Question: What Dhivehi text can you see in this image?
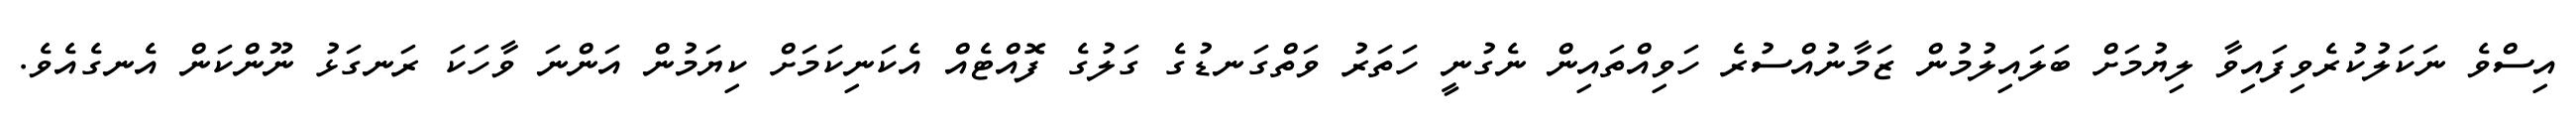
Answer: އިސްވެ ނަކަލުކުރެވިފައިވާ ލިޔުމަށް ބަލައިލުމުން ޒަމާނުއްސުރެ ހަވިއްތައިން ނެގުނީ ހަތަރު ވަތްގަނޑުގެ ގަލުގެ ފޮއްޓެއް އެކަނިކަމަށް ކިޔަމުން އަންނަ ވާހަކަ ރަނގަޅު ނޫންކަން އެނގެއެވެ.